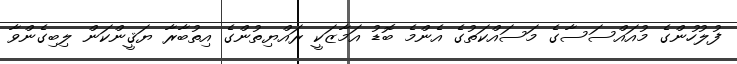
ފުލުހުންގެ މުއައްސަސާގެ މަސައްކަތުގެ އެންމެ ބޮޑު އަމާޒަކީ ރައްޔިތުންގެ އިތުބާރާ ޔަޤީންކަން ލިބިގެންވާ